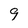
Character: 9